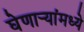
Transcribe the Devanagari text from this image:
घेणार्‍यांमध्ये